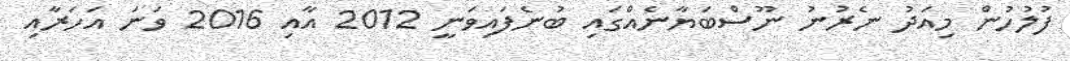
ފުލުހުން މިއަދު ނެރުނު ނޫސްބަޔާނެއްގައި ބުނެފައިވަނީ 2012 އާއި 2016 ވަނަ އަހަރާއި